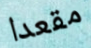
مقعدا